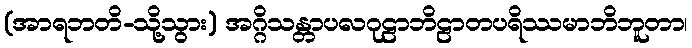
(အာရဘတိ-သို့သွား) အဂ္ဂိသန္တာပလဂုဠာဘိဠာတပရိဿမာဘိဘူတာ၊